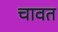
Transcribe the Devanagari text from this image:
चावत